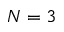
N = 3